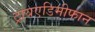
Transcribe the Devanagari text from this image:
ट्रायएडिमीफान